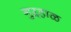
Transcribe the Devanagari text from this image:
गुऱ्हाळ